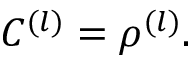
C ^ { ( l ) } = \rho ^ { ( l ) } .